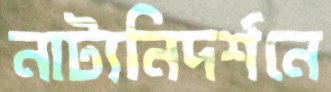
নাট্যনিদর্শনে